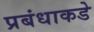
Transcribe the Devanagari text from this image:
प्रबंधाकडे